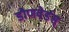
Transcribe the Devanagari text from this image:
डौणवेर्डस्